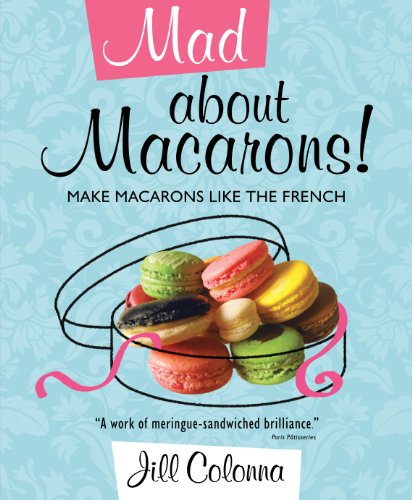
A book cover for Mad About Macarons!: Make Macarons Like the French; Jill Colonna; Cookbooks, Food & Wine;